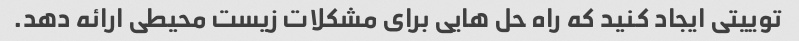
توییتی ایجاد کنید که راه حل هایی برای مشکلات زیست محیطی ارائه دهد.